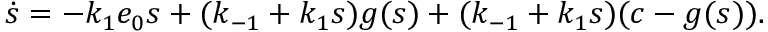
\dot { s } = - k _ { 1 } e _ { 0 } s + ( k _ { - 1 } + k _ { 1 } s ) g ( s ) + ( k _ { - 1 } + k _ { 1 } s ) ( c - g ( s ) ) .